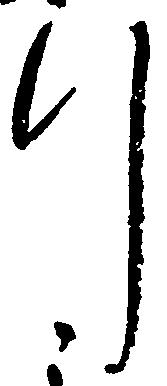
行